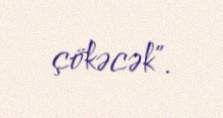
çökəcək”.